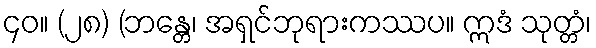
၄၀။ (၂၈) (ဘန္တေ၊ အရှင်ဘုရားကဿပ။ ဣဒံ သုတ္တံ၊